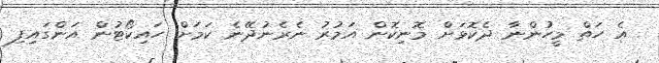
އެ ހަތް މީހުންނާ ދެކޮޅަށް މޮނިކޮން އަމުރު ނެރެނުދޭނެ ކަމަށް ހައިކޯޓުން އަންގައިފި